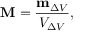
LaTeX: \mathbf { M } = { \frac { \mathbf { m } _ { \Delta V } } { V _ { \Delta V } } } ,